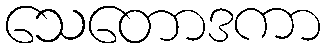
သေတောဒကာ